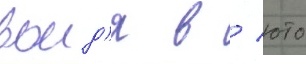
воид'я в / юто